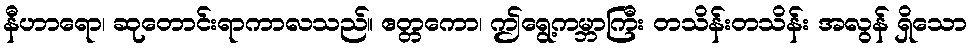
နီဟာရော၊ ဆုတောင်းရာကာလသည်။ ဧတ္တကော၊ ဤရွေ့ကမ္ဘာကြီး တသိန်းတသိန်း အလွန် ရှိသော